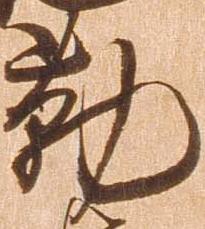
勤